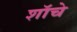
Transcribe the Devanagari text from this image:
शॉचे